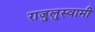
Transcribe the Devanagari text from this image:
राजुलुस्वामी